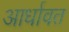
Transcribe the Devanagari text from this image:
आर्धावत